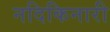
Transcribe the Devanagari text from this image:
नदिकिनारी